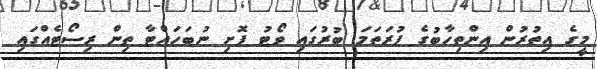
މީގެ އިތުރުން އިންތިހާބުގެ ފުރަތަމަ ބުރުގައި ވޯޓު ފޮށި ނުބަހައްޓާ ތިން ރިސޯޓެއްގައި